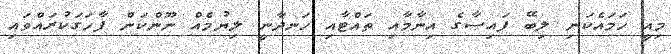
މިއީ ހަމައެކަނި ލިބޭ ފައިސާގެ އިނާމާއި ތައްޓާއި ހަނދާނީ ލިޔުމެއް ނޫންކަން ފާހަގަކުރައްވައި